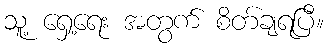
သူ့ ရှေ့ရေး အတွက် စိတ်ချရပြီ။